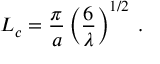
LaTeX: L _ { c } = \frac { \pi } { a } \left( \frac { 6 } { \lambda } \right) ^ { 1 / 2 } \; .